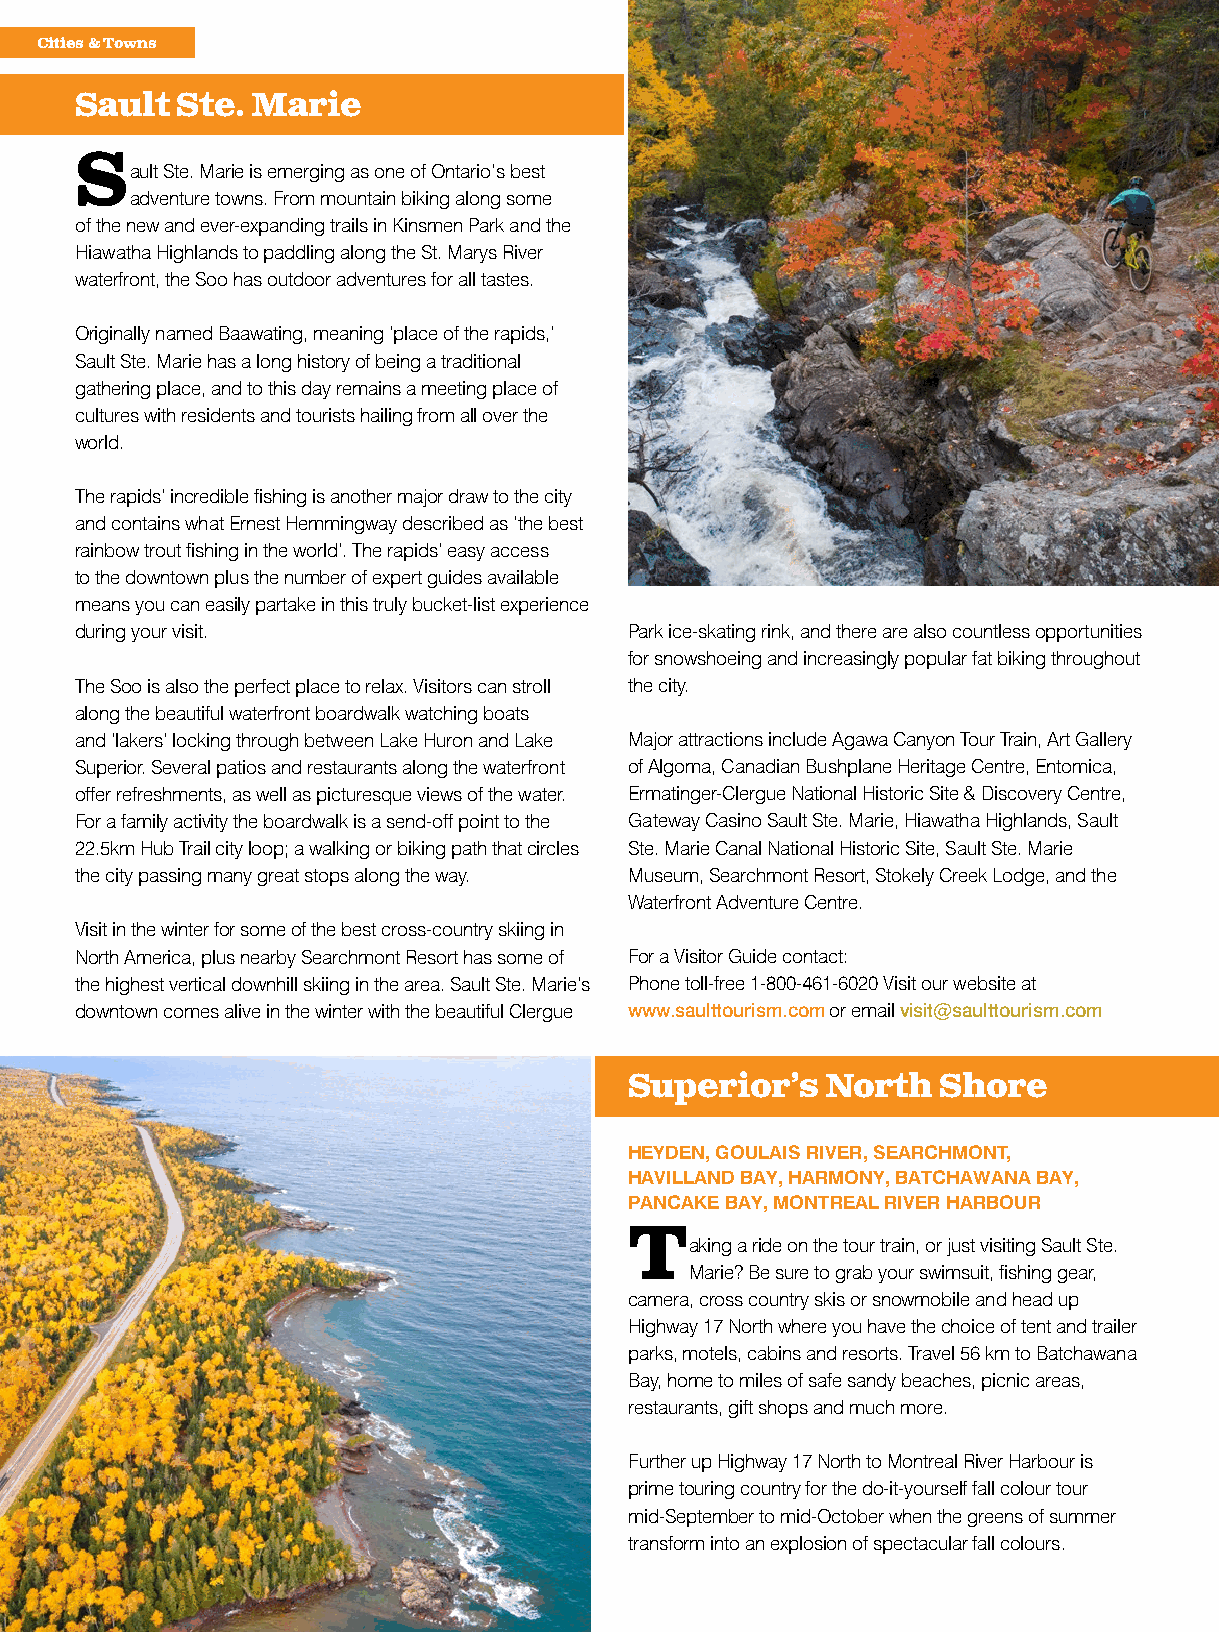
Cities & Towns
 Sault  Ste. Marie
 Sault Ste. Marie is emerging as one of Ontario’s best
 adventure towns. From mountain biking along some
 of the new and ever-expanding trails in Kinsmen Park and the
 Hiawatha Highlands to paddling along the St. Marys River
 waterfront, the Soo has outdoor adventures for all tastes.
 Originally named Baawating, meaning ‘place of the rapids,’
 Sault Ste. Marie has a long history of being a traditional
 gathering place, and to this day remains a meeting place of
 cultures with residents and tourists hailing from all over the
 world.
 The rapids’ incredible fishing is another major draw to the city
 and contains what Ernest Hemmingway described as ‘the best
 rainbow trout fishing in the world’. The rapids’ easy access
 to the downtown plus the number of expert guides available
 means you can easily partake in this truly bucket-list experience
 during your visit.                   Park ice-skating rink, and there are also countless opportunities
 for snowshoeing and increasingly popular fat biking throughout
 The Soo is also the perfect place to relax. Visitors can stroll the city.
 along the beautiful waterfront boardwalk watching boats
 and ‘lakers’ locking through between Lake Huron and Lake Major attractions include Agawa Canyon Tour Train, Art Gallery
 Superior. Several patios and restaurants along the waterfront of Algoma, Canadian Bushplane Heritage Centre, Entomica,
 offer refreshments, as well as picturesque views of the water. Ermatinger-Clergue National Historic Site & Discovery Centre,
 For a family activity the boardwalk is a send-off point to the Gateway Casino Sault Ste. Marie, Hiawatha Highlands, Sault
 22.5km Hub Trail city loop; a walking or biking path that circles Ste. Marie Canal National Historic Site, Sault Ste. Marie
 the city passing many great stops along the way. Museum, Searchmont Resort, Stokely Creek Lodge, and the
 Waterfront Adventure Centre.
 Visit in the winter for some of the best cross-country skiing in
 North America, plus nearby Searchmont Resort has some of For a Visitor Guide contact:
 the highest vertical downhill skiing in the area. Sault Ste. Marie’s Phone toll-free 1-800-461-6020 Visit our website at
 downtown comes alive in the winter with the beautiful Clergue www.saulttourism.com or email visit@saulttourism.com
 Superior’s   North  Shore
 HEYDEN, GOULAIS RIVER, SEARCHMONT,
 HAVILLAND BAY, HARMONY, BATCHAWANA BAY,
 PANCAKE BAY, MONTREAL RIVER HARBOUR
 Taking a ride on the tour train, or just visiting Sault Ste.
 Marie? Be sure to grab your swimsuit, fishing gear,
 camera, cross country skis or snowmobile and head up
 Highway 17 North where you have the choice of tent and trailer
 parks, motels, cabins and resorts. Travel 56 km to Batchawana
 Bay, home to miles of safe sandy beaches, picnic areas,
 restaurants, gift shops and much more.
 Further up Highway 17 North to Montreal River Harbour is
 prime touring country for the do-it-yourself fall colour tour
 mid-September to mid-October when the greens of summer
 transform into an explosion of spectacular fall colours.